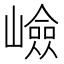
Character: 嶮